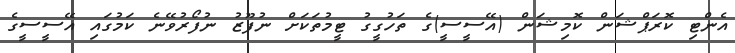
އެންޓި ކޮރަޕްޝަން ކޮމިޝަން (އޭސީސީ)ގެ ތަހުގީގު ޓީމުތަކަށް ނުފޫޒު ނުފޯރުވޭނެ ކަމުގައި އޭސީސީގެ